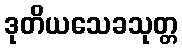
ဒုတိယသေခသုတ္တ